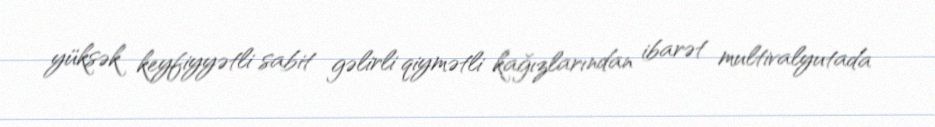
yüksək keyfiyyətli sabit gəlirli qiymətli kağızlarından ibarət multivalyutada